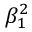
\beta _ { 1 } ^ { 2 }